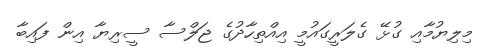
މިލިޔުމާއި ގުޅޭ ގެލަރީގައުމީ އިއްތިހާދުގެ ޖަލްސާ ސީރިޔާ އިން ފައިބާ